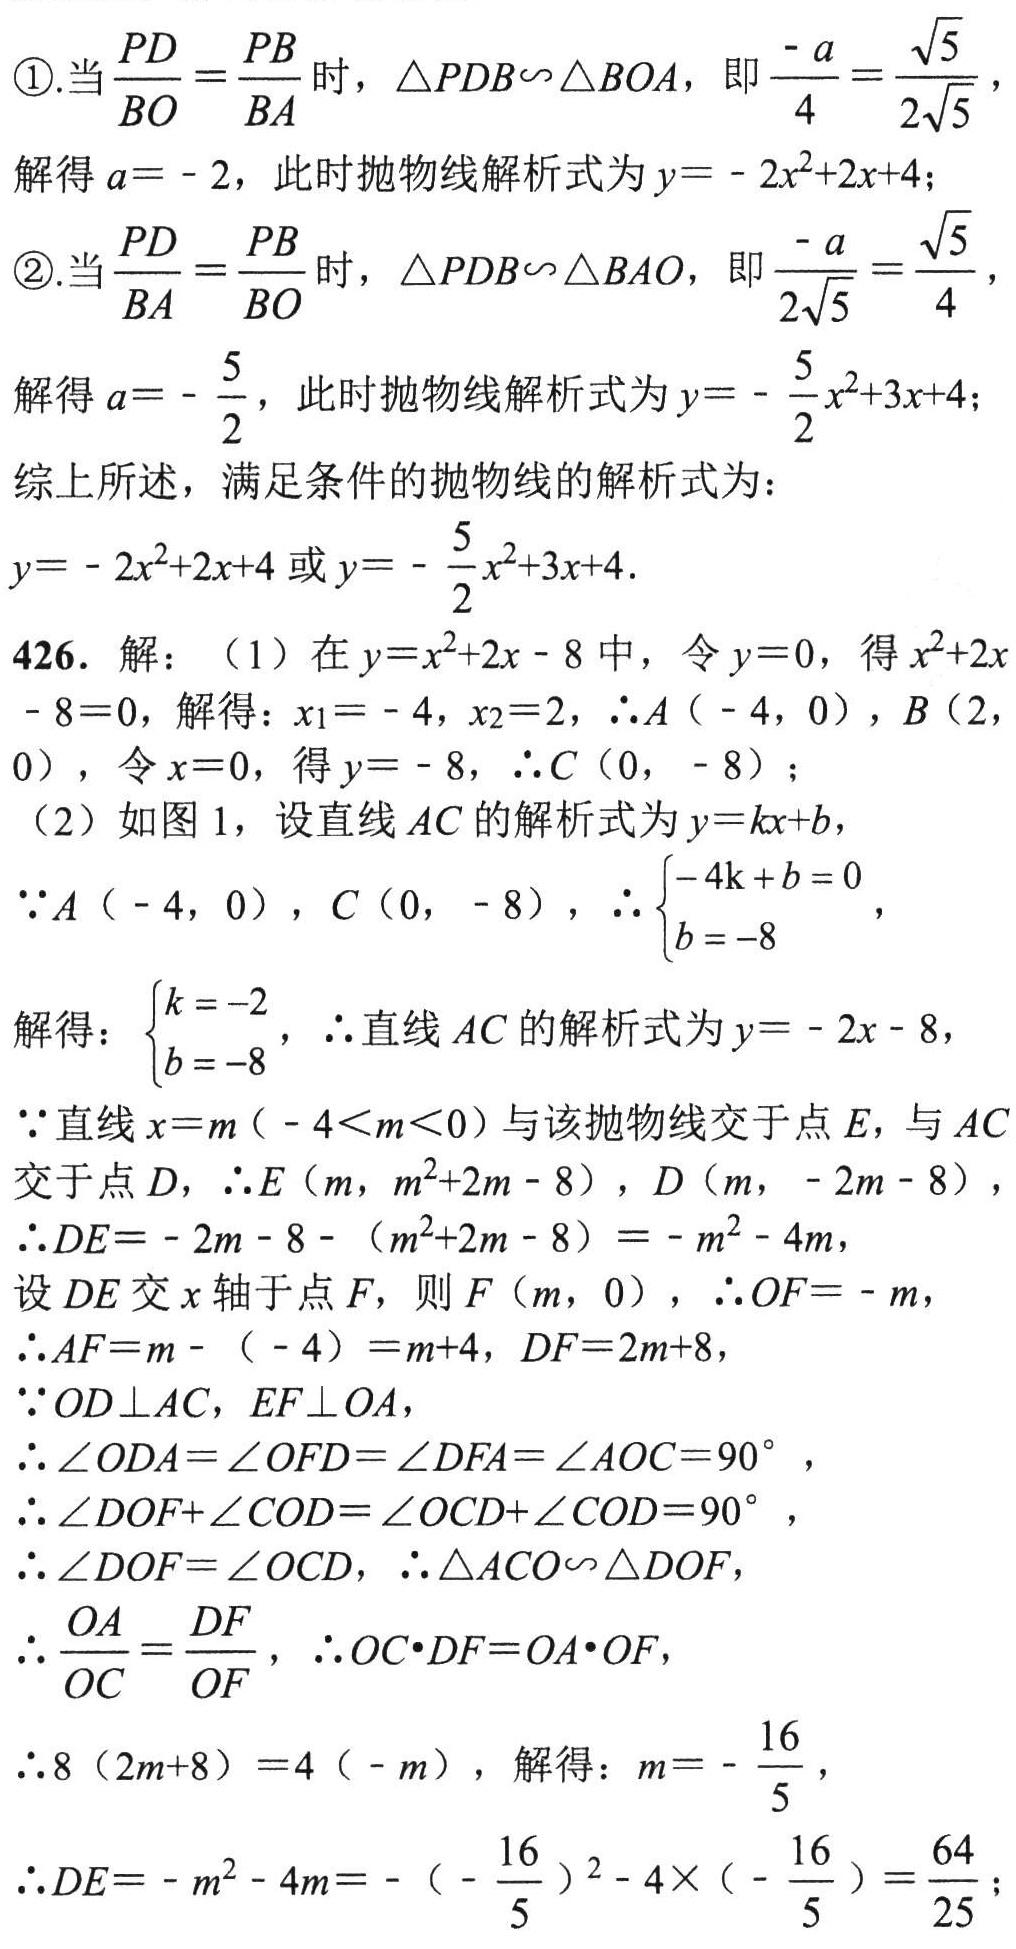
\textcircled{1}.当\(\frac{PD}{BO}=\frac{PB}{BA}\)时，\(\triangle PDB\sim\triangle BOA\)，即\(\frac{-a}{4}=\frac{\sqrt{5}}{2\sqrt{5}}\)，
解得\(a = - 2\)，此时抛物线解析式为\(y=-2x^{2}+2x + 4\)；
\textcircled{2}.当\(\frac{PD}{BA}=\frac{PB}{BO}\)时，\(\triangle PDB\sim\triangle BAO\)，即\(\frac{-a}{2\sqrt{5}}=\frac{\sqrt{5}}{4}\)，
解得\(a = -\frac{5}{2}\)，此时抛物线解析式为\(y = -\frac{5}{2}x^{2}+3x + 4\)；
综上所述，满足条件的抛物线的解析式为：
\(y=-2x^{2}+2x + 4\)或\(y = -\frac{5}{2}x^{2}+3x + 4\)。
426. 解：（1）在\(y = x^{2}+2x - 8\)中，令\(y = 0\)，得\(x^{2}+2x - 8 = 0\)，解得：\(x_{1}=-4\)，\(x_{2}=2\)，\(\therefore A(-4,0)\)，\(B(2,0)\)，令\(x = 0\)，得\(y = - 8\)，\(\therefore C(0,-8)\)；
（2）如图1，设直线\(AC\)的解析式为\(y = kx + b\)，
\(\because A(-4,0)\)，\(C(0,-8)\)，\(\therefore\begin{cases}-4k + b = 0\\b = - 8\end{cases}\)，
解得：\(\begin{cases}k = - 2\\b = - 8\end{cases}\)，\(\therefore\)直线\(AC\)的解析式为\(y=-2x - 8\)，
\(\because\)直线\(x = m(-4\lt m\lt0)\)与该抛物线交于点\(E\)，与\(AC\)交于点\(D\)，\(\therefore E(m,m^{2}+2m - 8)\)，\(D(m,-2m - 8)\)，
\(\therefore DE=-2m - 8-(m^{2}+2m - 8)=-m^{2}-4m\)，
设\(DE\)交\(x\)轴于点\(F\)，则\(F(m,0)\)，\(\therefore OF=-m\)，
\(\therefore AF=m-(-4)=m + 4\)，\(DF = 2m + 8\)，
\(\because OD\perp AC\)，\(EF\perp OA\)，
\(\therefore\angle ODA=\angle OFD=\angle DFA=\angle AOC = 90^{\circ}\)，
\(\therefore\angle DOF+\angle COD=\angle OCD+\angle COD = 90^{\circ}\)，
\(\therefore\angle DOF=\angle OCD\)，\(\therefore\triangle ACO\sim\triangle DOF\)，
\(\therefore\frac{OA}{OC}=\frac{DF}{OF}\)，\(\therefore OC\cdot DF=OA\cdot OF\)，
\(\therefore8(2m + 8)=4(-m)\)，解得：\(m = -\frac{16}{5}\)，
\(\therefore DE=-m^{2}-4m=-(-\frac{16}{5})^{2}-4\times(-\frac{16}{5})=\frac{64}{25}\)；